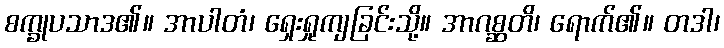
စက္ခုပသာဒ၏။ အာပါတံ၊ ရှေးရှုကျခြင်းသို့။ အာဂစ္ဆတိ၊ ရောက်၏။ တဒါ၊